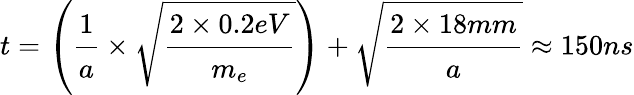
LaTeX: t=\left(\cfrac{1}{a}\times\sqrt{\cfrac{2\times 0.2eV}{m_{e}}}\right)+\sqrt{\cfrac{2\times 18mm}{a}}\approx 150ns